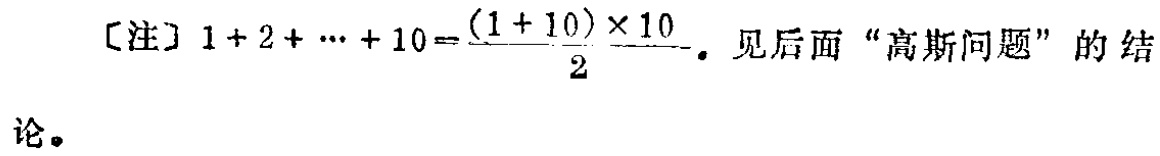
[注] \(1 + 2 + \cdots + 10=\frac{(1 + 10)\times 10}{2}\)。见后面“高斯问题”的结论。